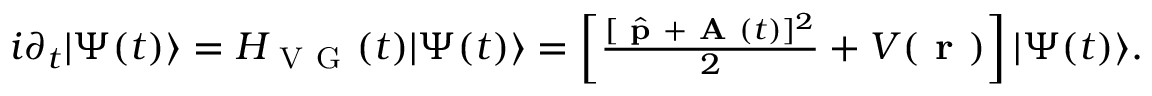
\begin{array} { r } { i \partial _ { t } \lvert \Psi ( t ) \rangle = H _ { \mathrm { ~ V ~ G ~ } } ( t ) \lvert \Psi ( t ) \rangle = \left[ \frac { [ \hat { \textbf { p } } + \textbf { A } ( t ) ] ^ { 2 } } { 2 } + V ( \textbf { r } ) \right] \lvert \Psi ( t ) \rangle . } \end{array}